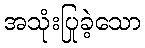
အသုံးပြုခဲ့သော